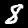
Digit: 8